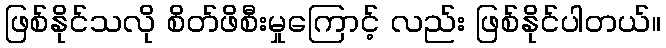
ဖြစ်နိုင်သလို စိတ်ဖိစီးမှုကြောင့် လည်း ဖြစ်နိုင်ပါတယ်။